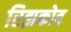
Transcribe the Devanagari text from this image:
रिझकोव